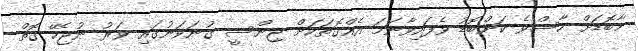
މާބޮޑަށް ހާސްވެ ކަންބޮޑު ވެފައިވާނަމަ އެއްގޮތަކަށް ޖިންސީ ގުނަވަނުގައި ވަރު ނުޖެހޭ ގޮތް